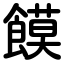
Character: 饃